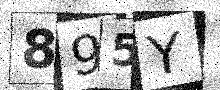
Text: 895Y